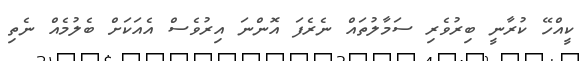
ކީއްހޭ ކުރާނީ ބިރުވެރި ސަމާލުތައް ނެރެފަ އޮންނަ އިރުވެސް އެއަކަށް ބެލުމެއް ނެތި